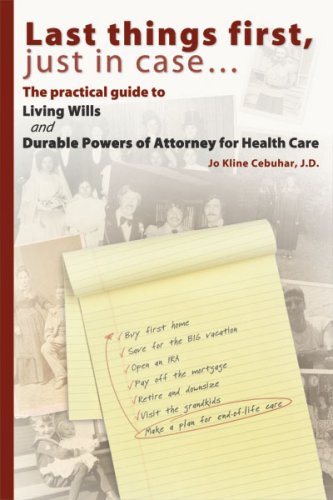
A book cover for Last things first, just in case... The practical guide to Living Wills and Durable Powers of Attorney for Health Care; Jo Kline Cebuhar J.D.; Law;